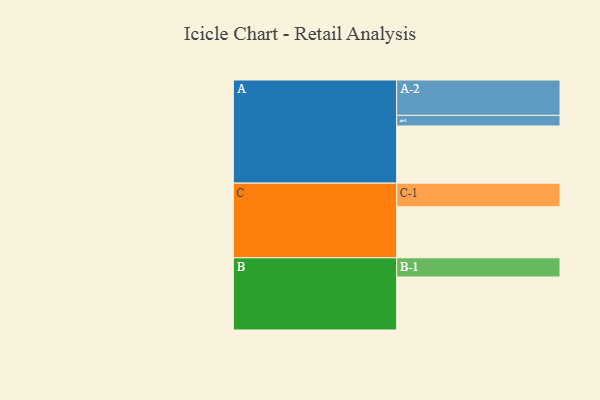
{"axis": {"x": "Segment", "y": "Value"}, "legend": ["", "A", "B", "C"], "data": [{"x": "A", "y": 425, "type": ""}, {"x": "B", "y": 394, "type": ""}, {"x": "C", "y": 379, "type": ""}, {"x": "A-1", "y": 79, "type": "A"}, {"x": "A-2", "y": 263, "type": "A"}, {"x": "B-1", "y": 143, "type": "B"}, {"x": "C-1", "y": 176, "type": "C"}]}